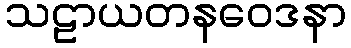
သဠာယတနဝေဒနာ